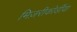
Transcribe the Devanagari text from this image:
मिज़रीकोर्डीया